Problem: 21 - 8 = ?
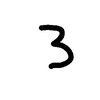
Handwritten answer: 3